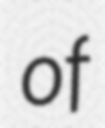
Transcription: of